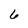
Character: 6